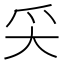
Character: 𡗮